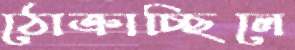
ঠোক্‌রাচ্ছিলে